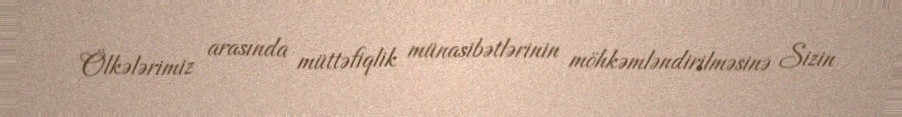
Ölkələrimiz arasında müttəfiqlik münasibətlərinin möhkəmləndirilməsinə Sizin